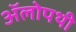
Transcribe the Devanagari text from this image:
ॲलोपथी